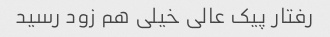
رفتار پیک عالی خیلی هم زود رسید